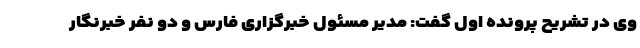
وی در تشریح پرونده اول گفت: مدیر مسئول خبرگزاری فارس و دو نفر خبرنگار